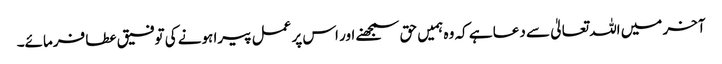
آخر میں اللہ تعالیٰ سے دعا ہے کہ وہ ہمیں حق سمجھنے اور اس پر عمل پیرا ہونے کی توفیق عطا فرمائے۔